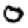
Digit: 0